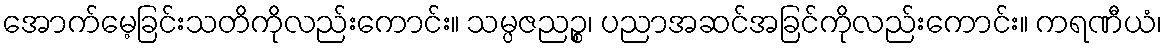
အောက်မေ့ခြင်းသတိကိုလည်းကောင်း။ သမ္ပဇညဉ္စ၊ ပညာအဆင်အခြင်ကိုလည်းကောင်း။ ကရဏီယံ၊